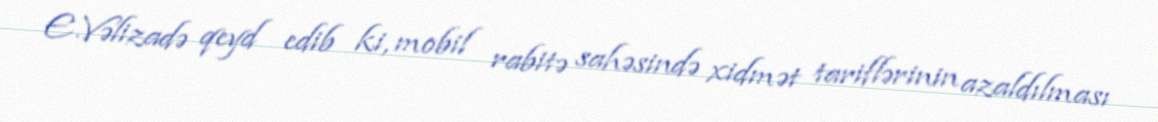
E.Vəlizadə qeyd edib ki, mobil rabitə sahəsində xidmət tariflərinin azaldılması